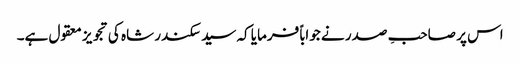
اس پر صاحبِ صدر نے جواباً فرمایا کہ سید سکندر شاہ کی تجویز معقول ہے۔